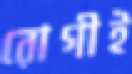
রোগীই